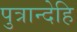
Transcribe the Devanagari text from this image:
पुत्रान्देहि